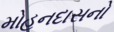
મોહનદાસનો